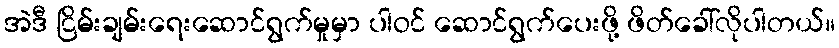
အဲဒီ ငြိမ်းချမ်းရေးဆောင်ရွက်မှုမှာ ပါဝင် ဆောင်ရွက်ပေးဖို့ ဖိတ်ခေါ်လိုပါတယ်။